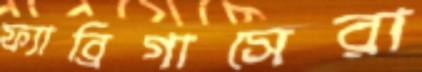
ফ্যাব্রিগাসেরা